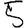
Digit: 5